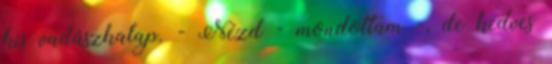
kis vadászkalap. - Nézd - mondottam -, de kedves